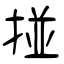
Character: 掽